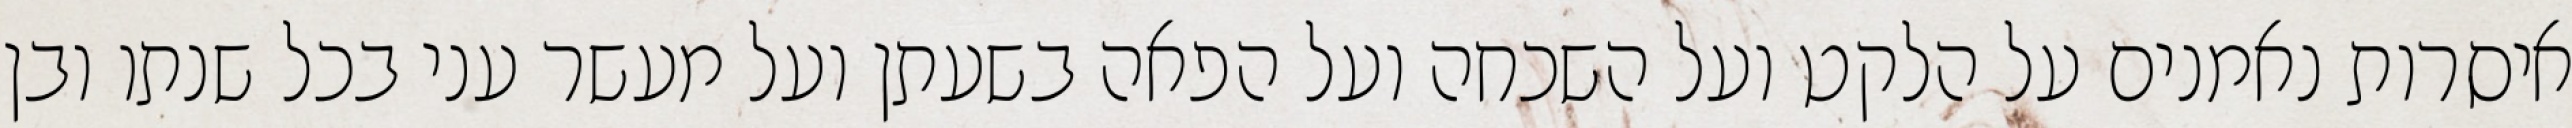
איסרות נאמנים על הלקט ועל השכחה ועל הפאה בשעתן ועל מעשר עני בכל שנתו ובן